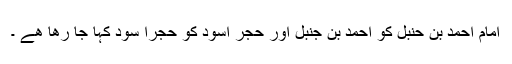
امام احمد بن حنبل کو احمد بن جنبل اور حجرِ اَسوَد کو حُجرا سود کہا جا رھا ھے ۔